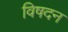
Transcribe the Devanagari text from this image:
विषदन